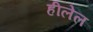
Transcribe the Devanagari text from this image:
हीलेल